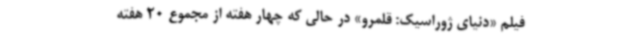
فیلم «دنیای ژوراسیک: قلمرو» در حالی که چهار هفته از مجموع 20 هفته